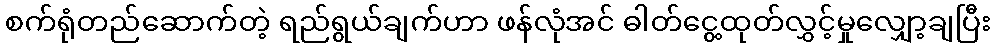
စက်ရုံတည်ဆောက်တဲ့ ရည်ရွယ်ချက်ဟာ ဖန်လုံအင် ဓါတ်ငွေ့ထုတ်လွှင့်မှုလျှော့ချပြီး